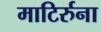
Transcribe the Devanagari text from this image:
माटिर्रुना